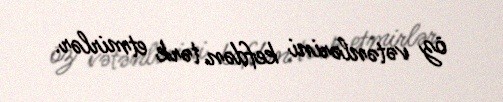
öz vətənlərini kefdən tərk etmirlər.